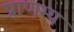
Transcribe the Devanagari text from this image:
प्राणभ्य